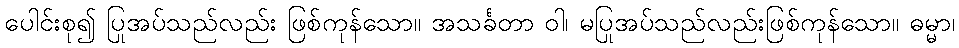
ပေါင်းစု၍ ပြုအပ်သည်လည်း ဖြစ်ကုန်သော။ အသင်္ခတာ ဝါ၊ မပြုအပ်သည်လည်းဖြစ်ကုန်သော။ ဓမ္မာ၊